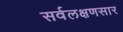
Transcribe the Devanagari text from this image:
सर्वलक्षणसार